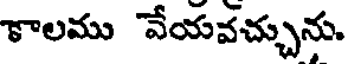
కాలము వేయవచ్చును.